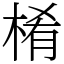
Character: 㮁